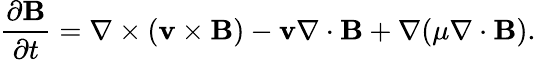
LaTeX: \frac{\partial\textbf{B}}{\partial t}=\nabla\times(\textbf{v}\times\textbf{B})-\textbf{v}\nabla\cdot\textbf{B}+\nabla(\mu\nabla\cdot\textbf{B}).